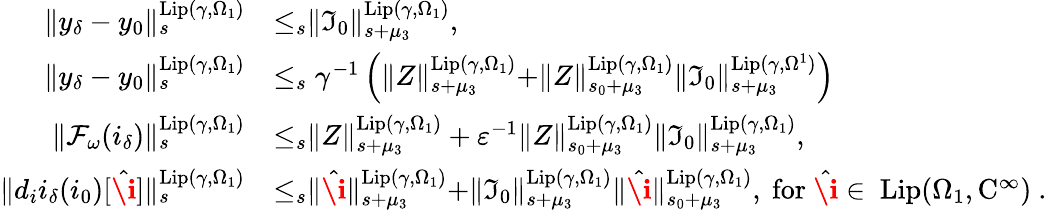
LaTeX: \begin{array}{rl}{\rVert y_{\delta}-y_{0}\rVert_{s}^{\mathrm{Lip}(\gamma,\Omega_{1})}}&{\le_{s}\rVert\mathfrak{I}_{0}\rVert_{s+\mu_{3}}^{\mathrm{Lip}(\gamma,\Omega_{1})},}\\ {\rVert y_{\delta}-y_{0}\rVert_{s}^{\mathrm{Lip}(\gamma,\Omega_{1})}}&{\le_{s}\gamma^{-1}\left(\rVert Z\rVert_{s+\mu_{3}}^{\mathrm{Lip}(\gamma,\Omega_{1})}+\rVert Z\rVert_{s_{0}+\mu_{3}}^{\mathrm{Lip}(\gamma,\Omega_{1})}\rVert\mathfrak{I}_{0}\rVert_{s+\mu_{3}}^{\mathrm{Lip}(\gamma,\Omega^{1})}\right)}\\ {\rVert\mathcal{F}_{\omega}(i_{\delta})\rVert_{s}^{\mathrm{Lip}(\gamma,\Omega_{1})}}&{\le_{s}\rVert Z\rVert_{s+\mu_{3}}^{\mathrm{Lip}(\gamma,\Omega_{1})}+\varepsilon^{-1}\rVert Z\rVert_{s_{0}+\mu_{3}}^{\mathrm{Lip}(\gamma,\Omega_{1})}\rVert\mathfrak{I}_{0}\rVert_{s+\mu_{3}}^{\mathrm{Lip}(\gamma,\Omega_{1})},}\\ {\rVert d_{i}i_{\delta}(i_{0})[\hat{\textbf{\i}}]\rVert_{s}^{\mathrm{Lip}(\gamma,\Omega_{1})}}&{\le_{s}\rVert\hat{\textbf{\i}}\rVert_{s+\mu_{3}}^{\mathrm{Lip}(\gamma,\Omega_{1})}+\rVert\mathfrak{I}_{0}\rVert_{s+\mu_{3}}^{\mathrm{Lip}(\gamma,\Omega_{1})}\rVert\hat{\textbf{\i}}\rVert_{s_{0}+\mu_{3}}^{\mathrm{Lip}(\gamma,\Omega_{1})},\mathrm{~for~\hat{\textbf{\i}}\in~\mathrm{Lip}(\Omega_1,C^\infty)~.}}\end{array}